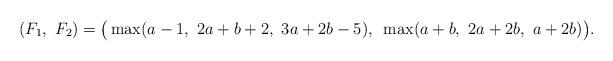
LaTeX: \begin{align*}(F_1,~F_2) = \big( \max (a-1,~2a+b + 2,~3a+2b- 5),~\max (a+b,~2a+2b,~a+2b)\big).\end{align*}